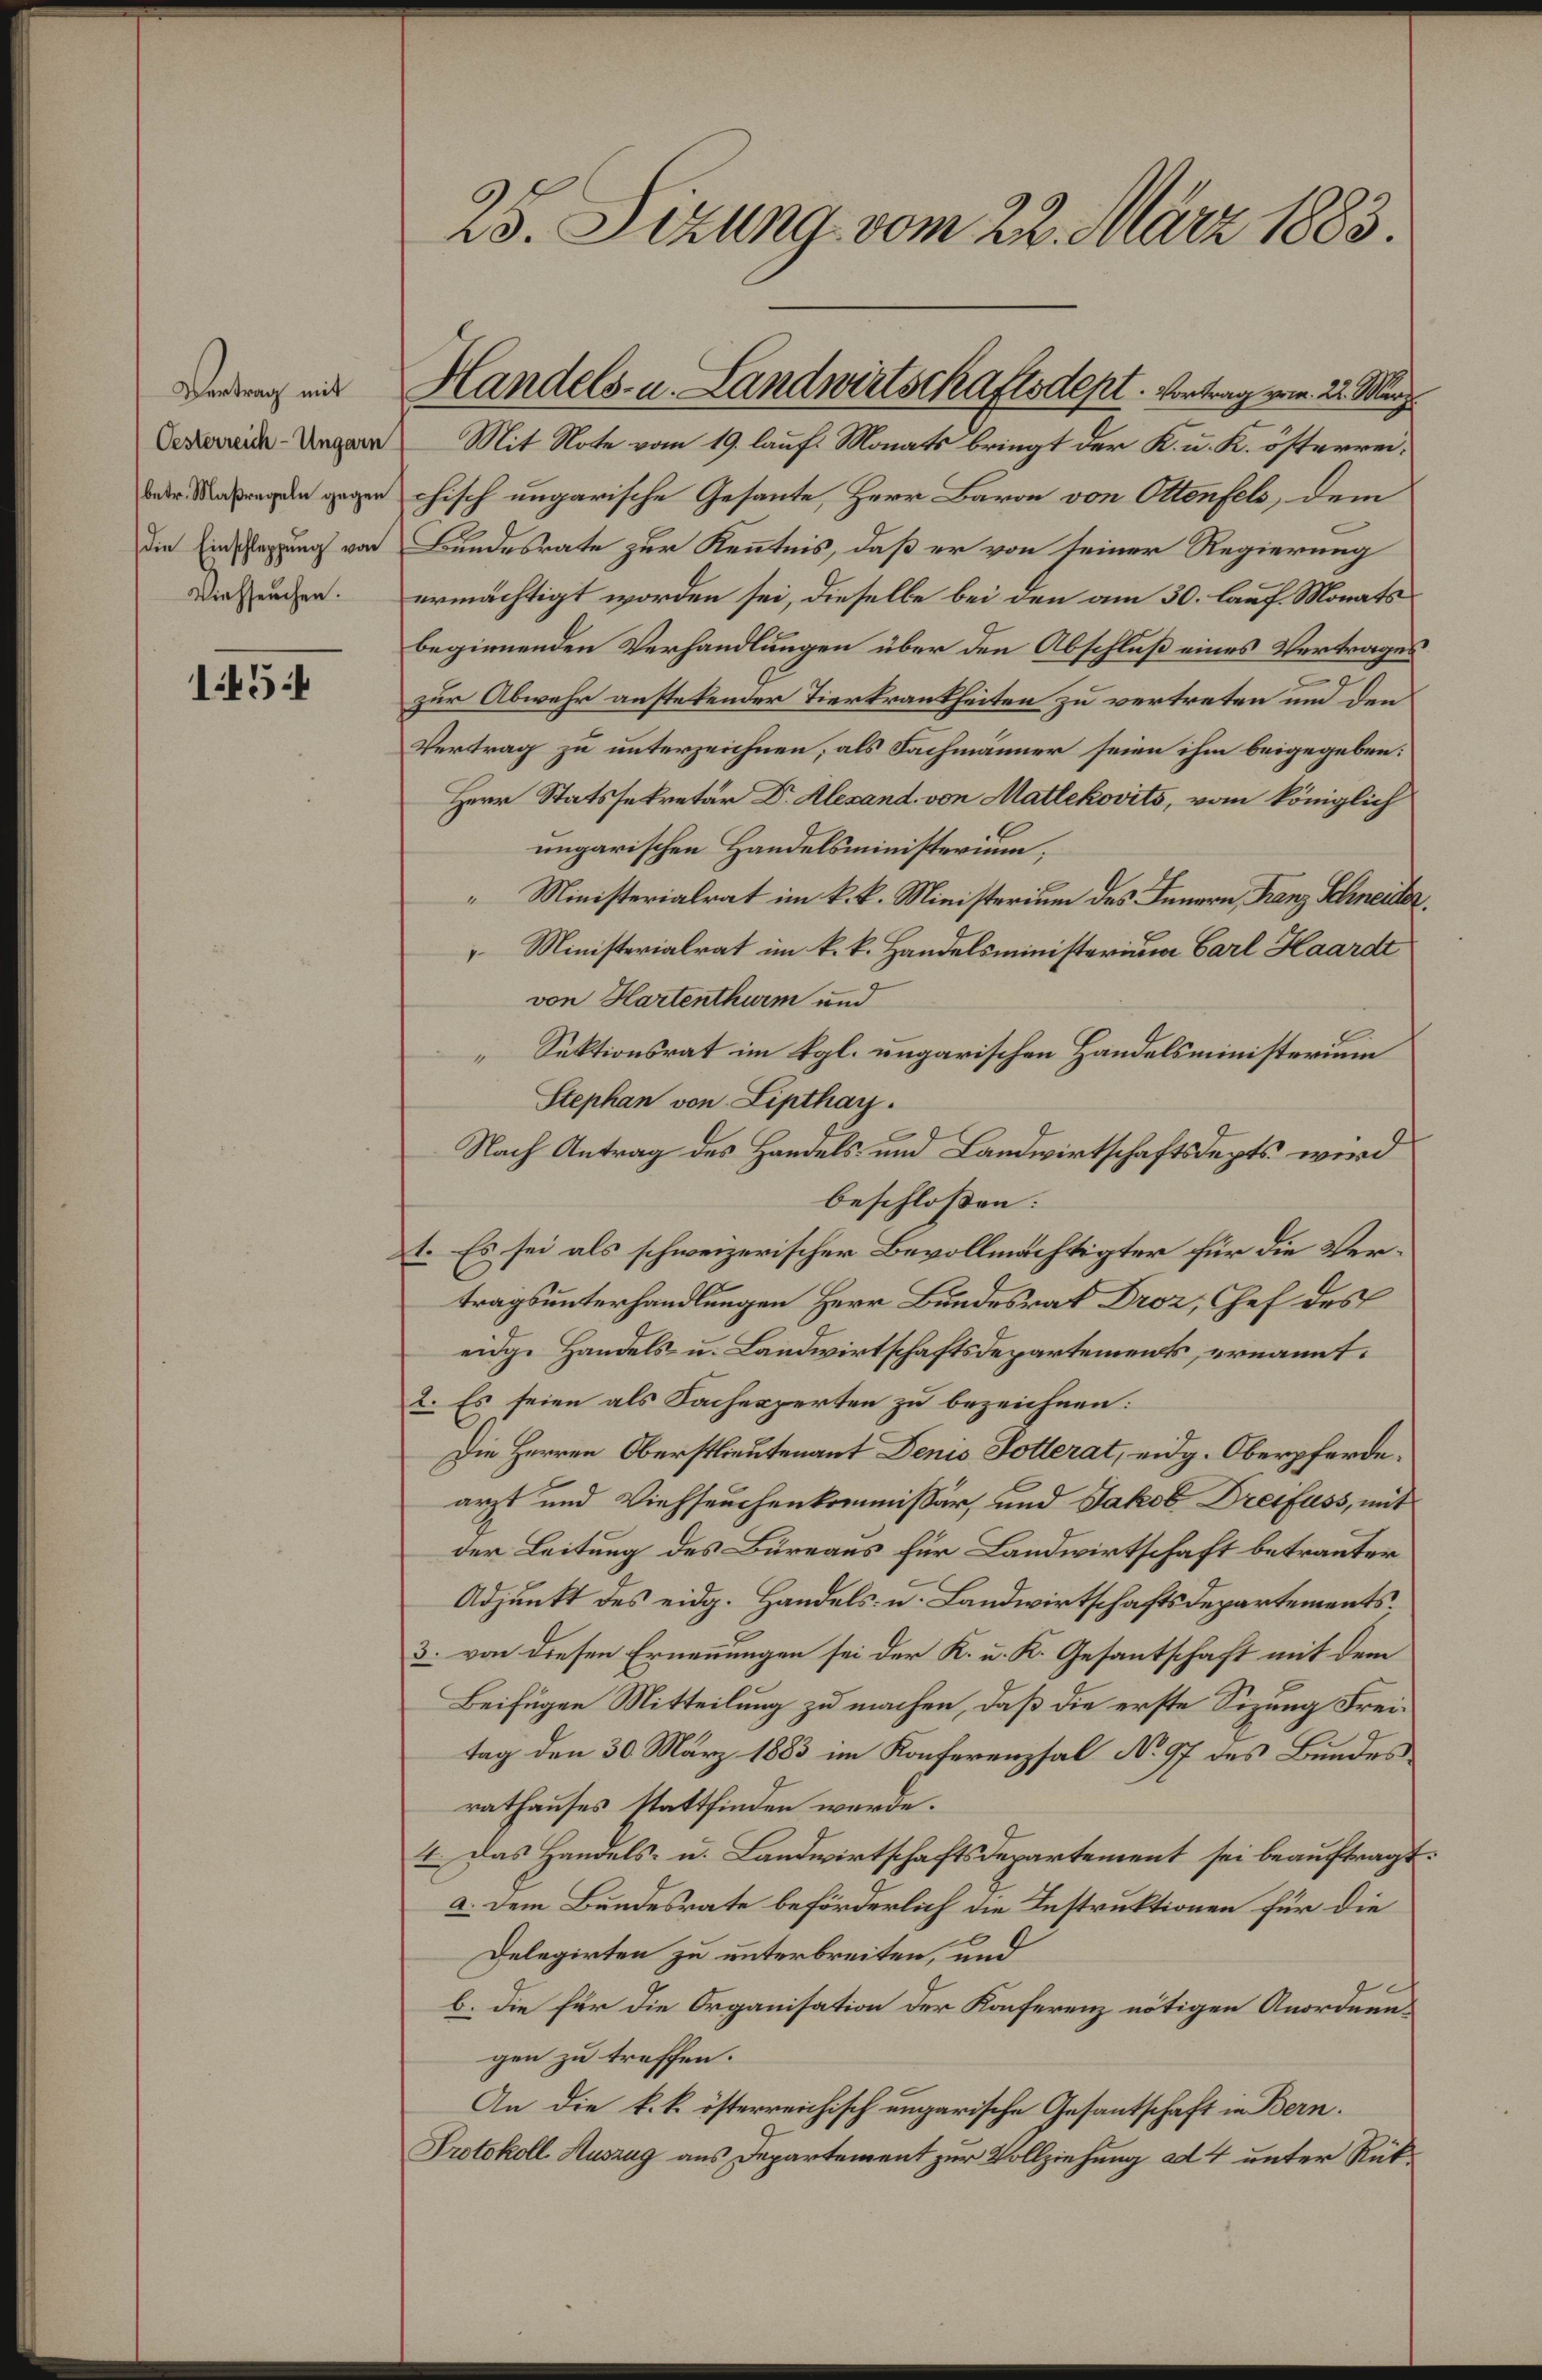
2u. Fng von t Mr 1885.
Dkebran nit
Astei Ungarn
beto. Masrgeln gegen
un Erefsgung va
chseuchen.
448t
Hndelt  Bnteitsthaphtezt votagem d. Nlg
Mit RSote van 9 lauf Monat brngt der Ke K österrn
chisch ungarische Gesante Herr Baron von Aub, den
Fndesrate zur Keutis, daß er von seiner Regierung
ermächtigt worden sei, dieselbe bei den am 30. bauf Mionat¬
begiwnenden Verhandlungen über den Abschluß eines ertags
zn Abwahr anstetener Terlsaathiten zu vertreten und deä
Vertrag zu unterzeichnen, als Fachmänner seien ihm beigegeben.
Hzrr Statssetretn B. Usant von Satlckoits, vom Köiglich
ungarischen Handelsmnisteriun,
„ Miisterialrat im 1it. Mieisterum des Benrmn an. eiule
 Minstsrialrat in t. t. Handelimisteriunm Barl Har
an Ratelkam un
„Sitonsrat im El. ungarischen Handelsinsterun
Hpchan on Lipethag.
MNach Antrag des Hardel und Landvirtschaftezts wird
beschloßen:
. Es sei als schweizerischer Bevolmchtigter für de Ver¬
tragunterhandlungen Herr Bundesrat Aon, Gef des
eid. Handel i Landwirtschaftsdepartementk, erannt.
2. Es seien als Sachesperten zu bezenhnen.
die Hrrrrn Oberstlautenant Keis Soterat, eidg. Oberpferde.
ezt und ichseuchenkommisur und akob aifos, it
der Leitung des Breaes für Kandwirtschaft betrauter
Adjkett des eindg. Handels n Bandwirtschastdepartements:
. von Diesen Ernenungen sei der K. e K. Gesantshaft mit dem
Beifugen Mitteilung zu machen, daß die erste Szung Fren
tag den 30 Maär 1885 im Konherenssal N.97 ides Bundes¬
athauses stettfinden werde.
2 Das Handels. i Landirtschafts dzpartement sei beauftragt¬
c em Bendesrat beförderlich de Restrultonen für die
Delezirten zu enterbreiten, ud
6. Die für die Orgaisaton der Konferenz eötigen Anordun¬
gen zu traffen.
An die l.k isterrenhisch ungerische Gesantschaft n Ban.
Dabkoll. Kng us Dpartewent zur Vllgiehung alt unter Rüt¬